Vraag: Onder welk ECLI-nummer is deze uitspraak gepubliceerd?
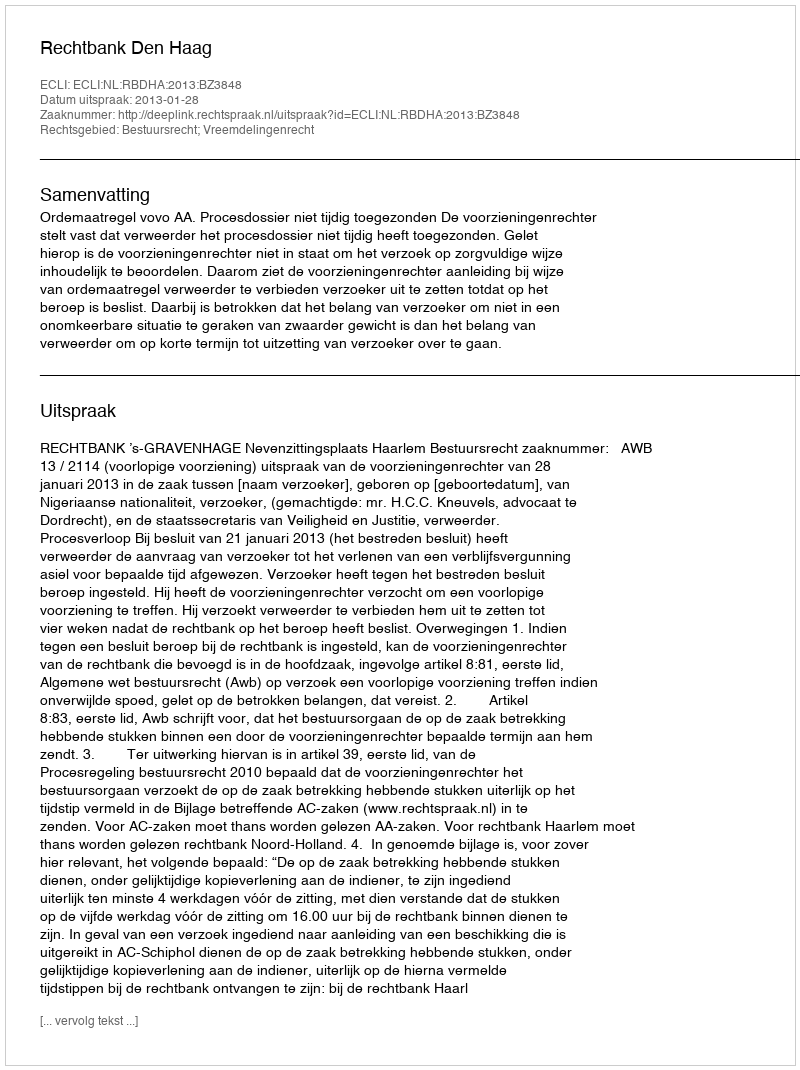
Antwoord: ECLI:NL:RBDHA:2013:BZ3848